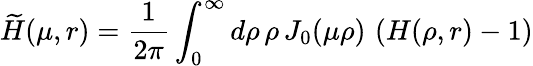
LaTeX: \widetilde{H}(\mu,r)=\frac{1}{2\pi}\int_{0}^{\infty}d\rho\, \rho\, J_{0}(\mu\rho)\, \left(H(\rho,r)-1\right)